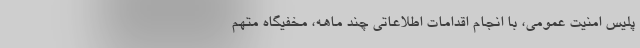
پلیس امنیت عمومی، با انجام اقدامات اطلاعاتی چند ماهه، مخفیگاه متهم